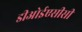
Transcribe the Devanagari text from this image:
डीओईएसीसी